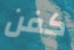
كفن